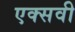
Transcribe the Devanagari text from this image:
एक्सवी